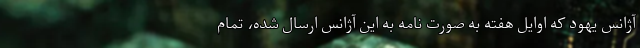
آژانس یهود که اوایل هفته به صورت نامه به این آژانس ارسال شده، تمام